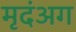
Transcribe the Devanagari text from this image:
मृदंअग